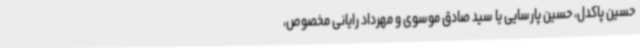
حسین پاکدل، حسین پارسایی یا سید صادق موسوی و مهرداد رایانی مخصوص،